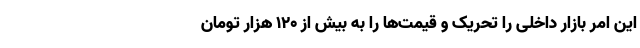
این امر بازار داخلی را تحریک و قیمت‌ها را به بیش از 120 هزار تومان